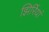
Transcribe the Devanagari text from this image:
झिर्रियां